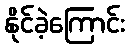
နိုင်ခဲ့ကြောင်း